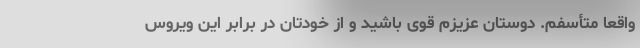
واقعاً متأسفم. دوستان عزیزم قوی باشید و از خودتان در برابر این ویروس